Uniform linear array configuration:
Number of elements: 8
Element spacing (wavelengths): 0.25
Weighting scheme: blackman
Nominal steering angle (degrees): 15
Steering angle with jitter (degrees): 16.06
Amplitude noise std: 0.05
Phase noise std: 0.05

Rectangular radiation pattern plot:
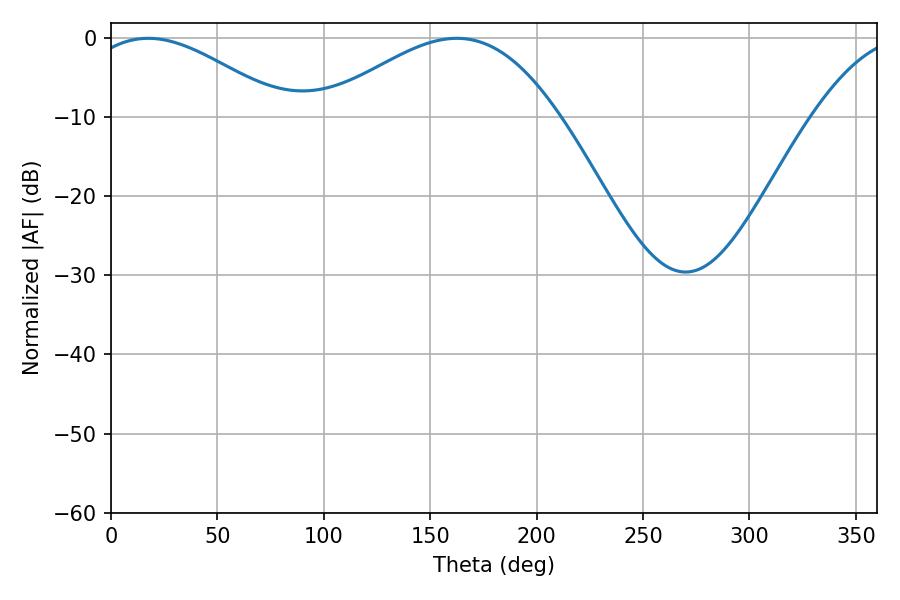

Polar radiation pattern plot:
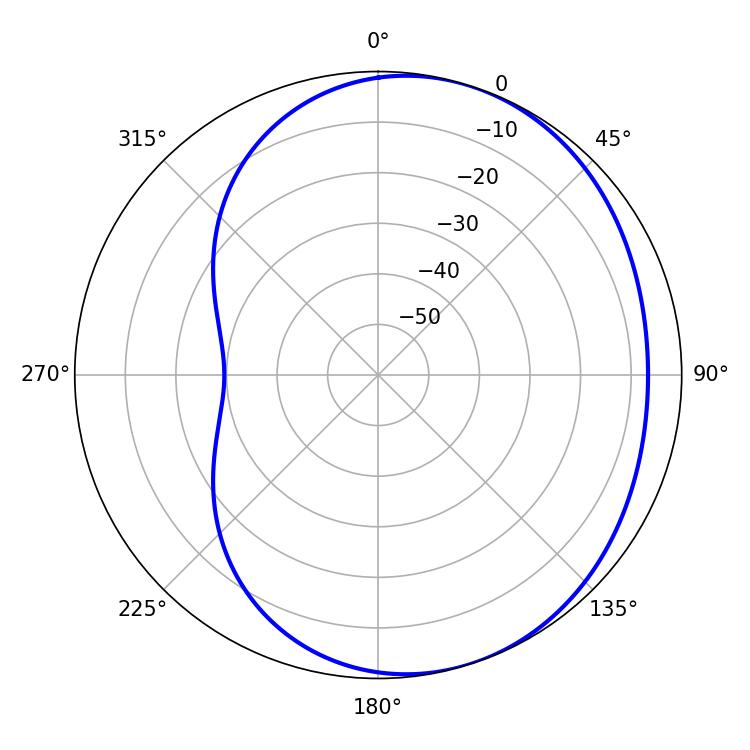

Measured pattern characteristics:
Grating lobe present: FALSE
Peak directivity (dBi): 3.726
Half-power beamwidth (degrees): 50.76
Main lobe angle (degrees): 17.46